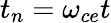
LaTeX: t_{n}=\omega_{ce}t